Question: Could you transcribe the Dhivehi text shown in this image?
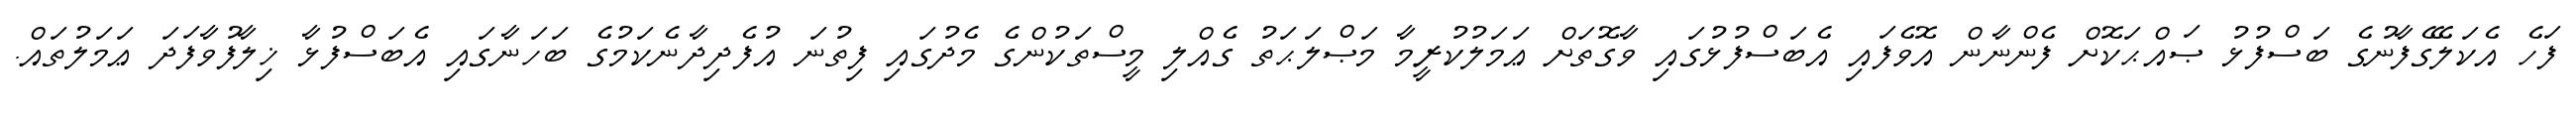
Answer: ފަހެ އެކަލޭގެފާނުގެ ބަސްފުޅު ޞައްޙަކޮށް ފެންނާން އޮވެފައި އެބަސްފުޅުގައި ވާގޮތަށް ޢަމަލުކުރީމާ މަޞްލަޙަތު ގެއްލި މީސްތަކުންގެ މެދުގައި ފިތުނަ އުފެދިދާނެކަމުގެ ބަހަނާގައި އެބަސްފުޅާ ޚިލާފުވާފަދަ ޢަމަލުތައް.